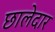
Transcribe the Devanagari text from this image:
छालेदार